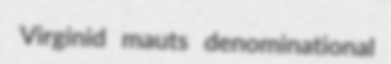
Virginid mauts denominational